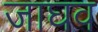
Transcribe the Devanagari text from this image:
जाघव